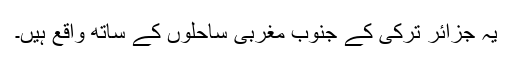
یہ جزائر ترکی کے جنوب مغربی ساحلوں کے ساتھ واقع ہیں۔